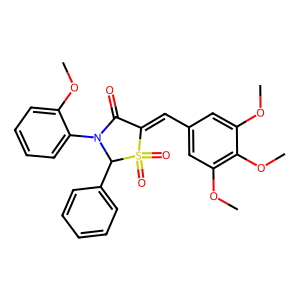
SMILES: COc1ccccc1N1C(=O)C(=Cc2cc(OC)c(OC)c(OC)c2)S(=O)(=O)C1c1ccccc1
Inhibits HIV replication: No